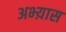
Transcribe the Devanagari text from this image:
अभ्य़ास